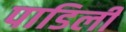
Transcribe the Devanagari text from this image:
पाडिली